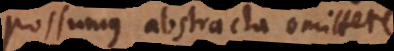
Possumus abstracta omittere.